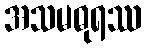
အသမဓုရဿ